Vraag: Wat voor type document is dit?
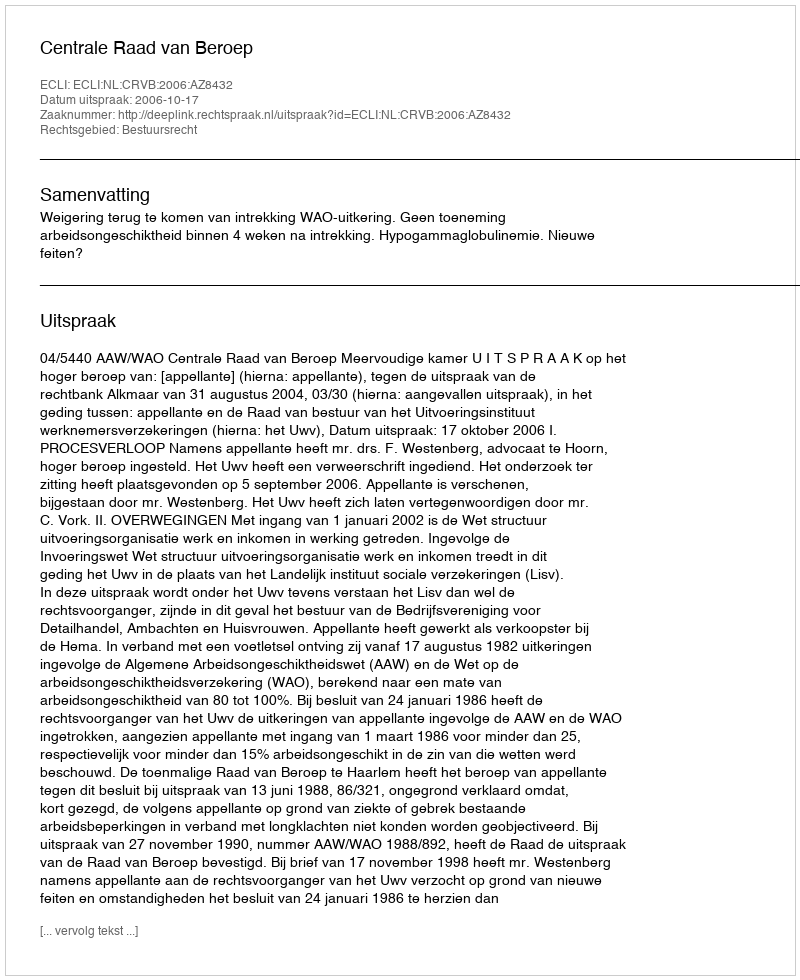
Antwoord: Uitspraak